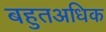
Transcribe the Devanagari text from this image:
बहुतअधिक